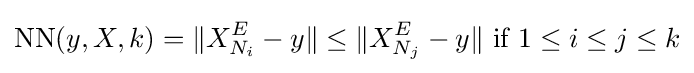
{\text{NN}}(y,X,k)=\|X_{N_{i}}^{E}-y\|\leq \|X_{N_{j}}^{E}-y\|{\text{ if }}1\leq i\leq j\leq k